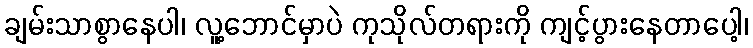
ချမ်းသာစွာနေပါ၊ လူ့ဘောင်မှာပဲ ကုသိုလ်တရားကို ကျင့်ပွားနေတာပေါ့၊